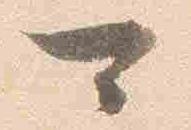
可